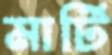
মার্টি